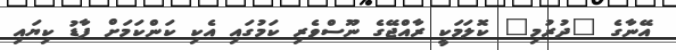
އޭނާގެ "ދުރުމި" ކޮލަމަކީ ރާއްޖޭގެ ނޫސްވެރި ކަމުގައި އެކި ކަންކަމަށް ފާޑު ކިޔައި